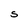
Character: S